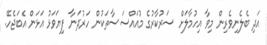
އަދި ބެލެނިވެރިން މިވާ އިހުމާލަށް ސަރުކާރުގެ މުއައްސަސާތަކުން ހަރުދަނާ ފިޔަވަޅު އަޅަން އެބަޖެހޭ.